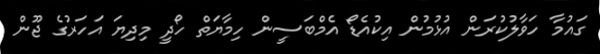
ގައުމާ ހަވާލުކުރަން އުޅުމުން އިކުއެޑޯ އެމްބަސީން ހިމާޔަތް ހޯދީ މިދިޔަ އަހަރުގެ ޖޫން